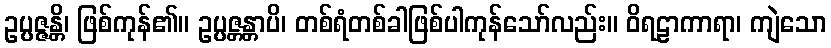
ဥပ္ပဇ္ဇန္တိ၊ ဖြစ်ကုန်၏။ ဥပ္ပဇ္တန္တာပိ၊ တစ်ရံတစ်ခါဖြစ်ပါကုန်သော်လည်း။ ဝိရဠာကာရာ၊ ကျဲသော